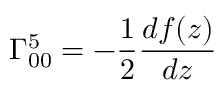
\Gamma _ { 0 0 } ^ { 5 } = - \frac { 1 } { 2 } \frac { d f ( z ) } { d z }